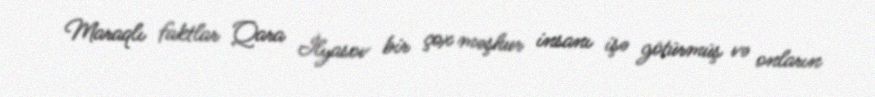
Maraqlı faktlar Qara İlyasov bir çox məşhur insanı işə götürmüş və onların